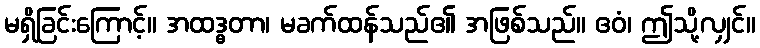
မရှိခြင်းကြောင့်။ အထဒ္ဓတာ၊ မခက်ထန်သည်၏ အဖြစ်သည်။ ဧဝံ၊ ဤသို့လျှင်။